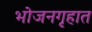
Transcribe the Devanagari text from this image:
भोजनगृहात